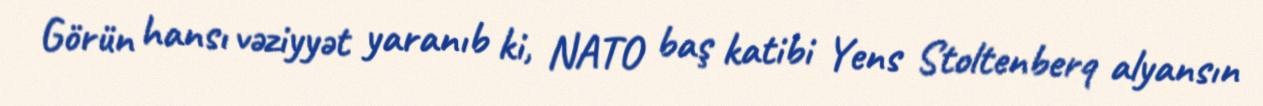
Görün hansı vəziyyət yaranıb ki, NATO baş katibi Yens Stoltenberq alyansın